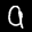
Label: 9